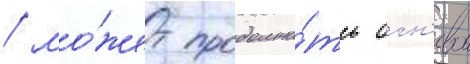
/ мо́жет продолжа́ть огн'евои